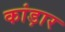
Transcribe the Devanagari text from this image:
कांड़ार